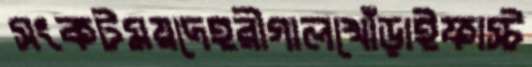
সংকটময়দেহরীগালখোঁড়াইফাস্ট